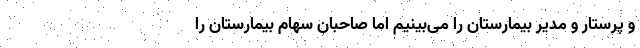
و پرستار و مدیر بیمارستان را می‌بینیم اما صاحبان سهام بیمارستان را